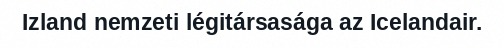
Izland nemzeti légitársasága az Icelandair.